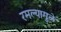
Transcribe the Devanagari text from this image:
रमल्यामुळे